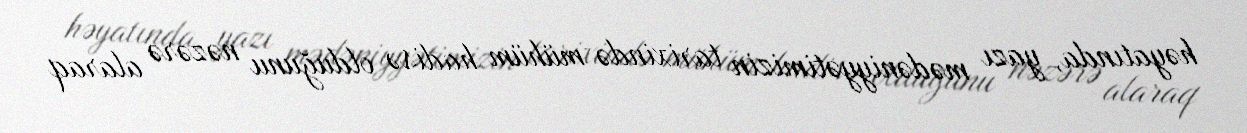
həyatında, yazı mədəniyyətimizin tarixində mühüm hadisə olduğunu nəzərə alaraq